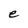
Character: e